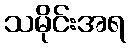
သမိုင်းအရ